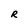
Character: R